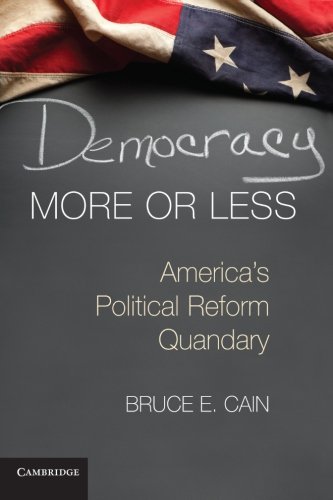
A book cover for Democracy More or Less: America's Political Reform Quandary (Cambridge Studies in Election Law and Democracy); Bruce E. Cain; Law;